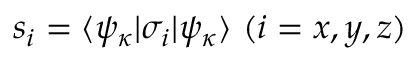
s _ { i } = \langle \psi _ { \kappa } | \sigma _ { i } | \psi _ { \kappa } \rangle ~ ( i = x , y , z )